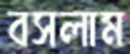
বসলাম